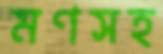
মণসহ